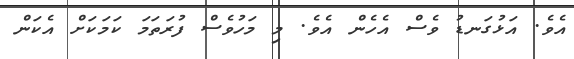
އެވެ. އަޅުގަނޑު ވެސް އެހެން އެވެ. މި މަހުވެސް ފުރަތަމަ ކަމަކަށް އެކަން